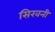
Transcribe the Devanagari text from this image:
सिखनी